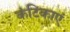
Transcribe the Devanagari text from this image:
कंटिकाएं